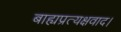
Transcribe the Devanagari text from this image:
बाह्यप्रत्यक्षवाद।